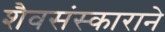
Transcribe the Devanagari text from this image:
शैवसंस्काराने